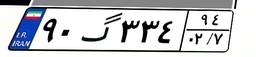
۹۰گ۳۳۴۹۴